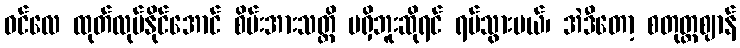
ဝင်လေ ထုတ်လုပ်နိုင်အောင် စိမ်းအားသတ္တိ မရှိဘူးဆိုရင် ရပ်သွားမယ်၊ အဲဒီတော့ စတုတ္ထဈာန်